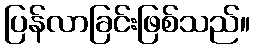
ပြန်လာခြင်းဖြစ်သည်။